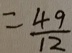
= \frac { 4 9 } { 1 2 }